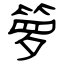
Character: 箩